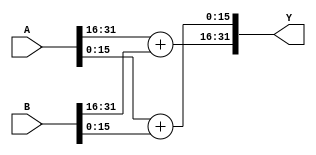
module COMPLEX_ADDER (
    input		[32-1: 0]	A,
	input		[32-1: 0]	B,
	output		[32-1: 0]	Y 
);
			    
wire signed [15:0] AR, AI, BR, BI, YR, YI;
				    
assign {AR, AI} = A;
assign {BR, BI} = B;

assign YR = AR + BR;
assign YI = AI + BI;
								    
assign Y = {YR, YI};

endmodule